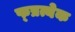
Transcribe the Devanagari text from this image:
फ्प्रत्येक